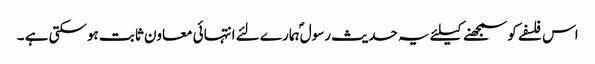
اس فلسفے کو سمجھنے کیلئے یہ حدیث رسول ؐہمارے لئے انتہائی معاون ثابت ہوسکتی ہے ۔